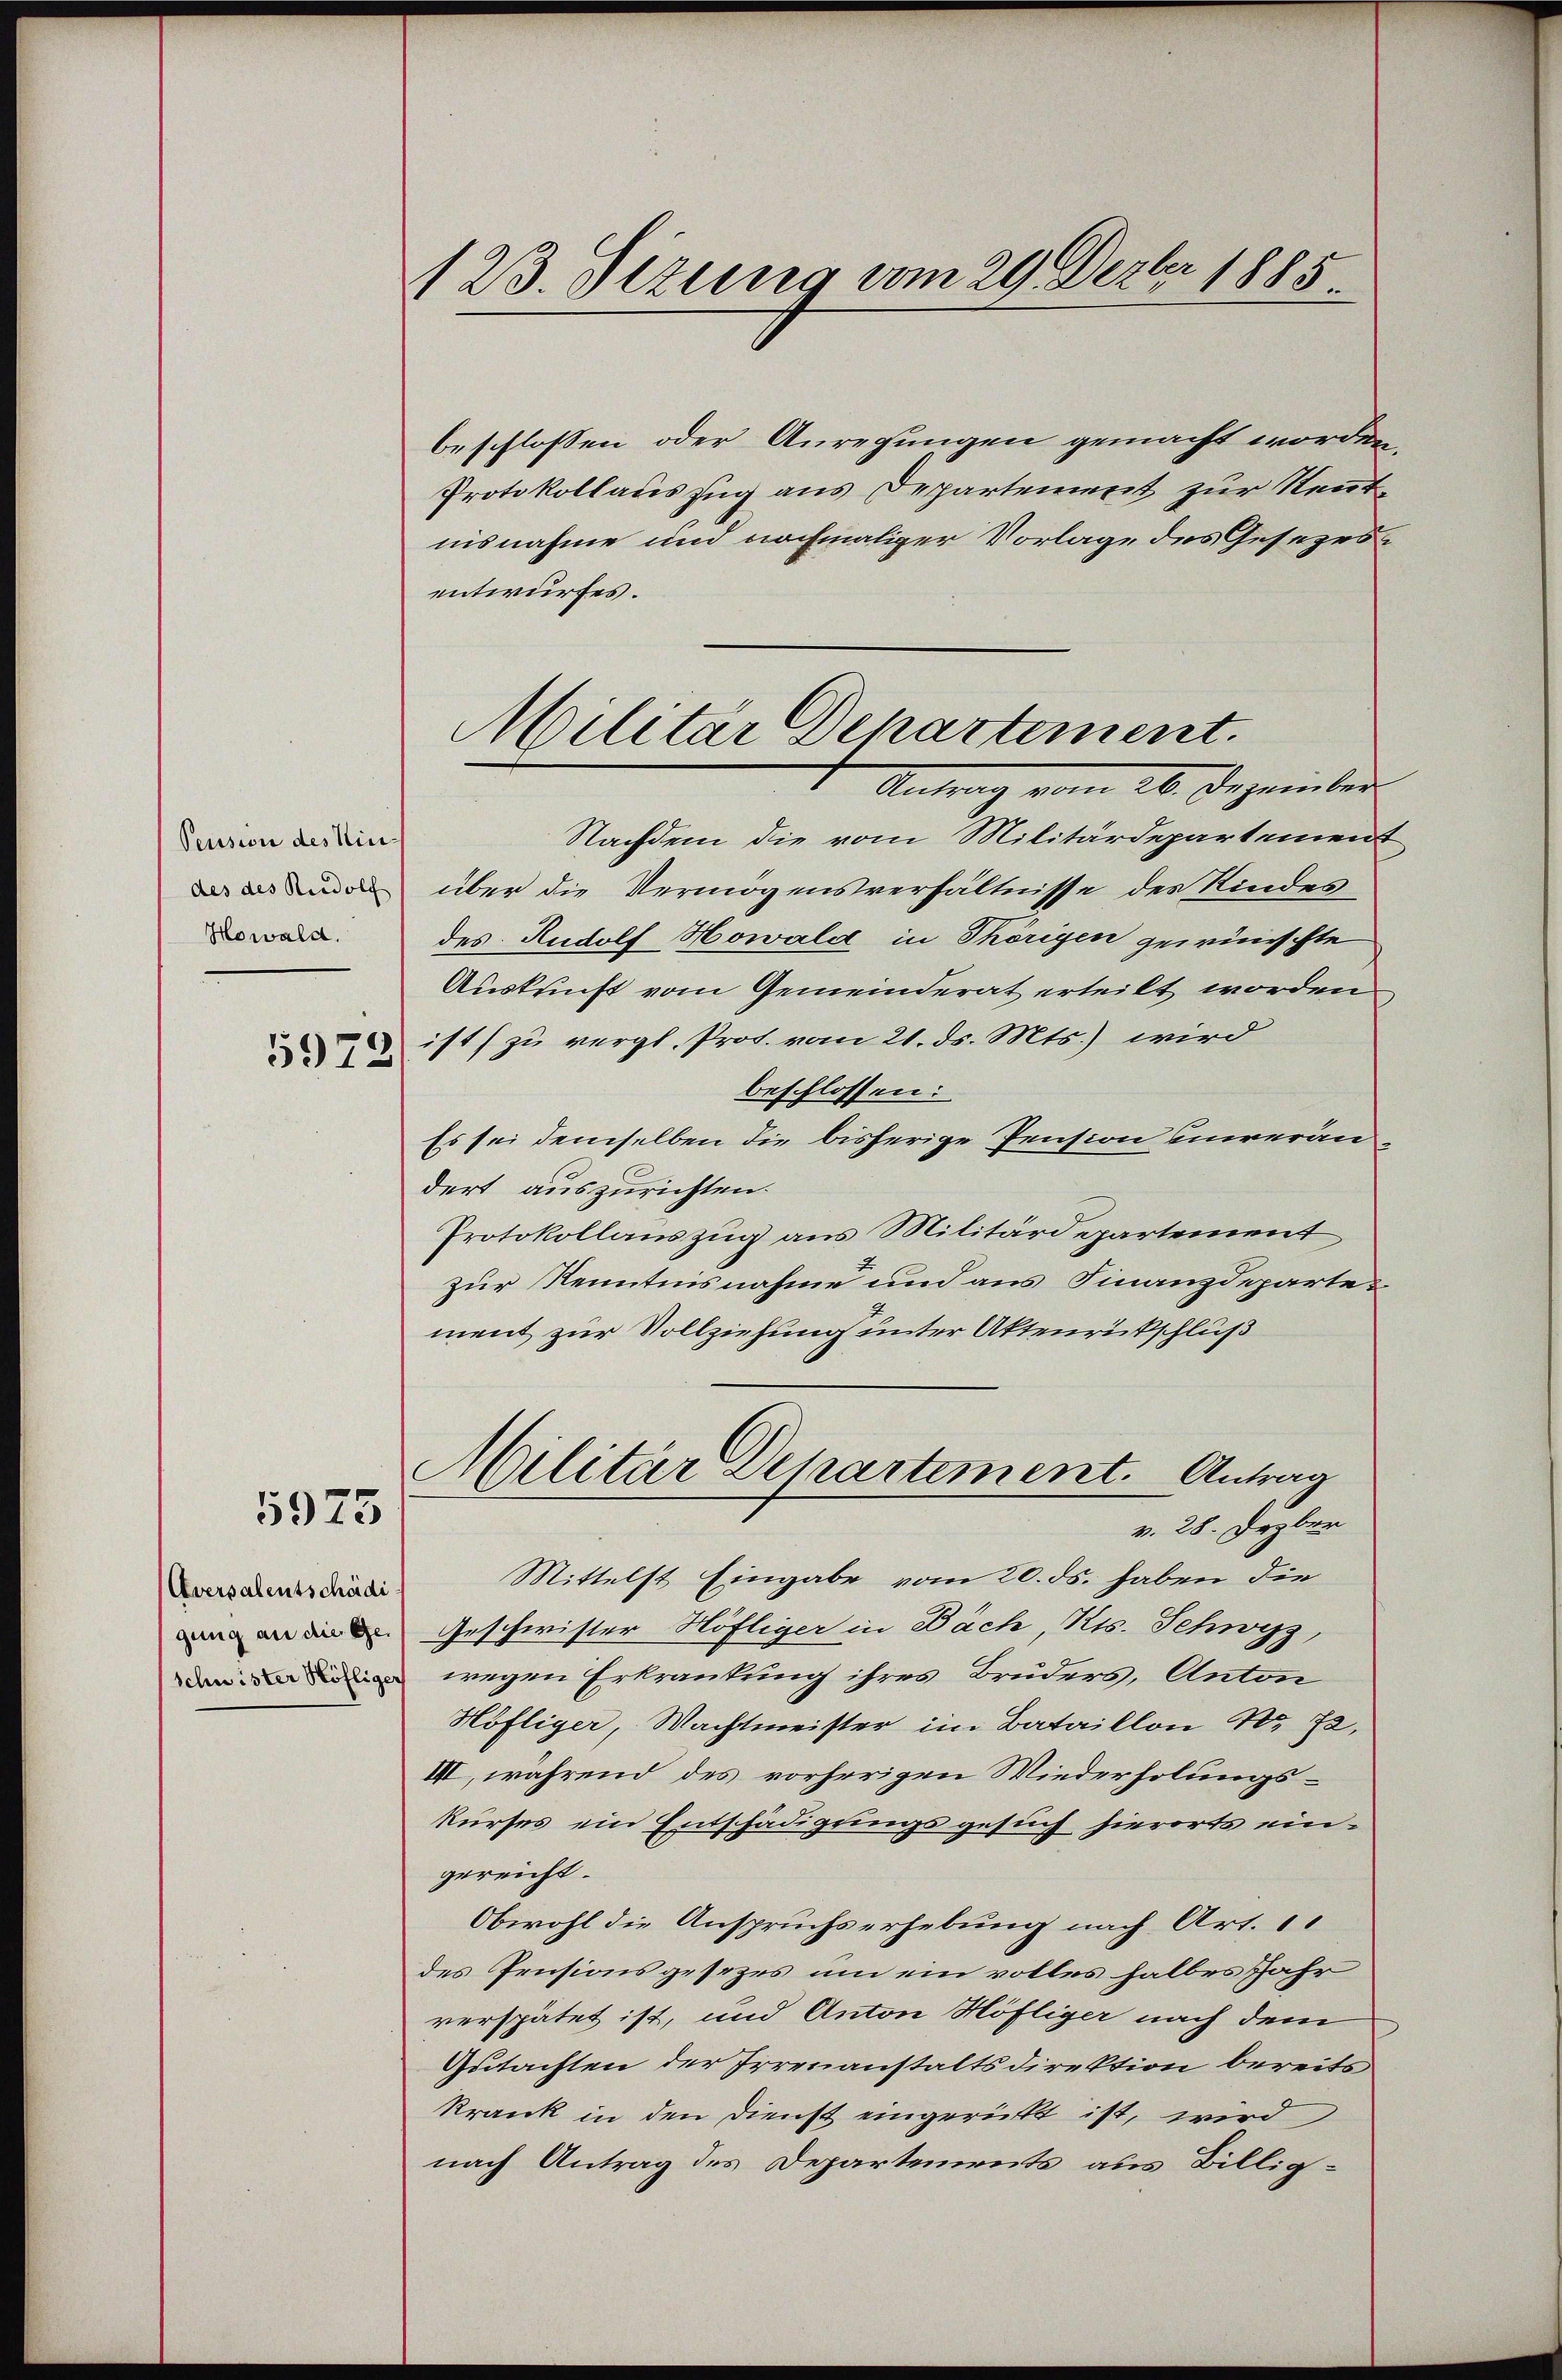
Pension des Mini-
des des Rudolf
Howald.

5972

5975

Aversalentschädi
gung an die Ge¬

123. Sezung vom 29. Dezbr 1885.

beschlossen oder Anregungen gemacht worden.
Protokollauszug aus Departement zur Rentnisnahme und nochmaliger Vorlage des Gesezesentwurfes.
Nachdem die vom Militärdepartement
über die Vermögensverhältnisse des Kindesdes Rudolf Howald in Thörigen gewünschte
Auskunft vom Gemeinderat erteilt worden
ist zu vergl. Prot. vom 21. ds. Mts.) wird
beschlossen:
Es sei demselben die bisherige Pension unveran
dert auszurichten.
Protokollauszug aus Militärdepartement
zur Kenntnisnahme und aus Finanzdepartement zur Vollziehung unter Aktenrückschluß
Militär Departement. Antrag
v. 28. Jezber
Mittelst Eingabe vom 20. ds. haben die
Geschwister Höfliger in Bach, Kts. Schwyz,
ige wegen Erkrankung ihres Bruders, Anton
Höfliger, Machtmeister im Bataillon Nr. 72,
III, während des vorherigen Wiederholungskurses ein Entschädigungsgesuch hierorts eingereicht.
Obwohl die Anspruchs erhebung nach Art. 1
des Pensionsgesezes um ein volles halbes Jahr
verspätet ist, und Anton Höfliger nach dem
Gutachten der Irrenanstaltsdirektion bereits
krank in den Dienst eingerückt ist, wird
nach Antrag des Departements aus Billig-

Militär Departement.
Antrag vom 24. Dezember